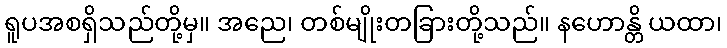
ရူပအစရှိသည်တို့မှ။ အညေ၊ တစ်မျိုးတခြားတို့သည်။ နဟောန္တိ ယထာ၊